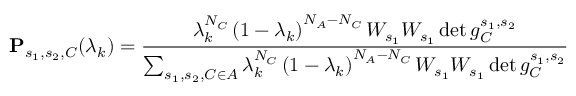
\mathbf { P } _ { s _ { 1 } , s _ { 2 } , C } ( \lambda _ { k } ) = \frac { \lambda _ { k } ^ { N _ { C } } \left( 1 - \lambda _ { k } \right) ^ { N _ { A } - N _ { C } } W _ { s _ { 1 } } W _ { s _ { 1 } } \operatorname* { d e t } g _ { C } ^ { s _ { 1 } , s _ { 2 } } } { \sum _ { s _ { 1 } , s _ { 2 } , C \in A } \lambda _ { k } ^ { N _ { C } } \left( 1 - \lambda _ { k } \right) ^ { N _ { A } - N _ { C } } W _ { s _ { 1 } } W _ { s _ { 1 } } \operatorname* { d e t } g _ { C } ^ { s _ { 1 } , s _ { 2 } } }